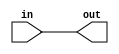
module top(input in, output out);

function func;
  input arg;
  func = arg;
endfunction

assign out = func(in);

endmodule